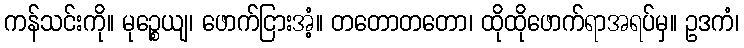
ကန်သင်းကို။ မုဉ္စေယျ၊ ဖောက်ငြားအံ့။ တတောတတော၊ ထိုထိုဖောက်ရာအရပ်မှ။ ဥဒကံ၊